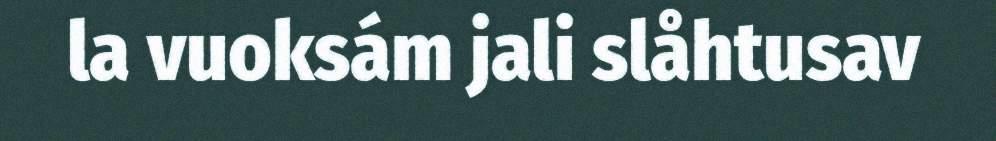
la vuoksám jali slåhtusav